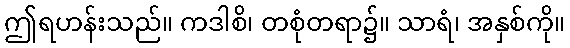
ဤရဟန်းသည်။ ကဒါစိ၊ တစုံတရာ၌။ သာရံ၊ အနှစ်ကို။